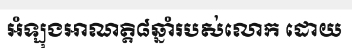
អំឡុងអាណត្តិ៨ឆ្នាំរបស់លោក ដោយ